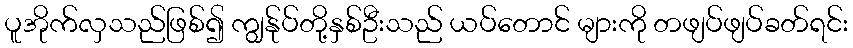
ပူအိုက်လှသည်ဖြစ်၍ ကျွန်ုပ်တို့နှစ်ဦးသည် ယပ်တောင် များကို တဖျပ်ဖျပ်ခတ်ရင်း